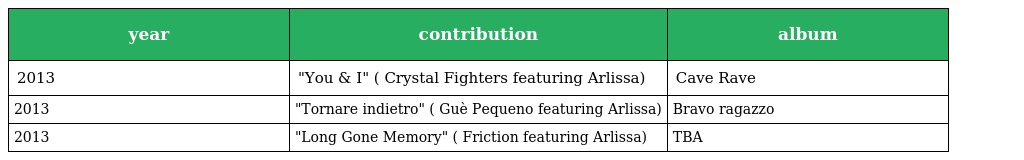
| year | contribution | album |
 | --- | --- | --- |
 | 2013 | "You & I" ( Crystal Fighters featuring Arlissa) | Cave Rave |
 | 2013 | "Tornare indietro" ( Guè Pequeno featuring Arlissa) | Bravo ragazzo |
 | 2013 | "Long Gone Memory" ( Friction featuring Arlissa) | TBA |